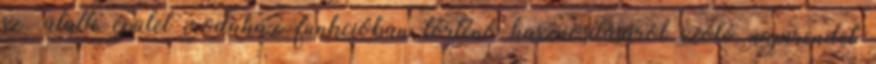
sz. alatti épület irodaház funkcióban történő hasznosításáról szóló napirendet